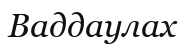
Ваддаулах